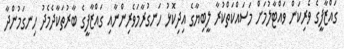
ގައްޒާފީގެ ވެރިކަން ވައްޓާލުމަށް މަސައްކަތްކުރާ ލީބިޔާގެ އިދިކޮޅު ހަނގުރާމަވެރިންނާއި ގައްޒާފީގެ ބާރުތަކާދެމެދު ހިނގަމުންދާ